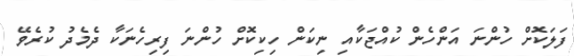
ފަލަކޮށް ހުންނަ އަންހެން ކުއްޖަކާއި ނިކަން ހިކިކޮށް ހުންނަ ފިރިހެނަކާ ދެމެދު ކުރެވޭ